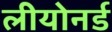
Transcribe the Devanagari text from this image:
लीयोनर्ड